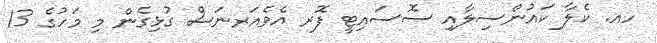
ހއ. ކެލާ ކައުންސިލާއި ސޮސައިޓީ ފޮރ އެވެއަރނަސް ގުޅިގެން މި މަހުގެ 13